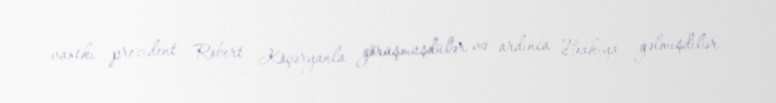
vaxtkı prezident Robert Köçəryanla görüşmüşdülər və ardınca Bakıya gəlmişdilər.